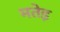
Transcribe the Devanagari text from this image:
मतेइ